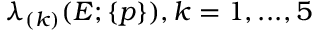
\lambda _ { ( k ) } ( E ; \{ p \} ) , k = 1 , . . . , 5